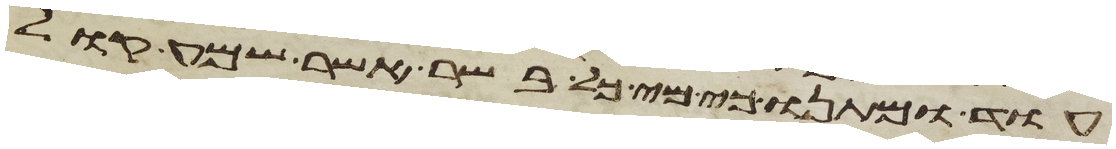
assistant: עוד ומתנו כי מי כל בשר אשר שמע קול